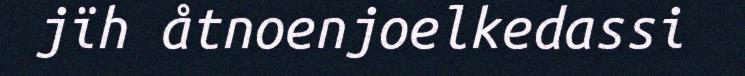
jïh åtnoenjoelkedassi